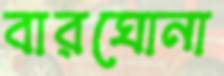
বারঘোনা